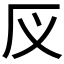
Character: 𰆕